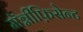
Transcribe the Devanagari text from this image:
मॅग्नीफ़िसेन्ट